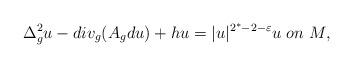
LaTeX: \begin{align*}\Delta_g^2 u-div_g (A_g du) +h u=|u|^{2^\ast-2-\varepsilon}u\ on\ M,\end{align*}